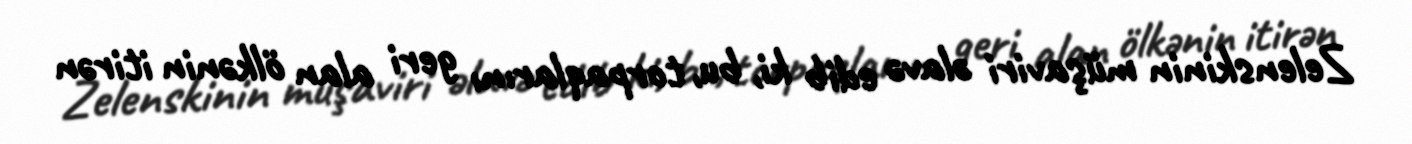
Zelenskinin müşaviri əlavə edib ki, bu, torpaqlarını geri alan ölkənin itirən